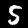
Label: 5